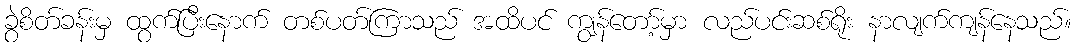
ခွဲစိတ်ခန်းမှ ထွက်ပြီးနောက် တစ်ပတ်ကြာသည် အထိပင် ကျွန်တော့်မှာ လည်ပင်းဆစ်ရိုး နာလျက်ကျန်နေသည်။